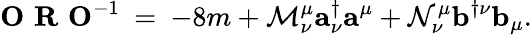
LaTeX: {\mathbf O}\, \, {\mathbf R}\, \, {\mathbf O}^{-1}\: =\: -8m+{\cal M}_{\nu}^{\mu}{\mathbf a}_{\nu}^{\dagger}{\mathbf a}^{\mu}+{\cal N}_{\nu}^{\mu}{\mathbf b}^{\dagger\nu}{\mathbf b}_{\mu}.